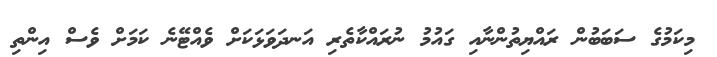
މިކަމުގެ ސަބަބުން ރައްޔިތުންނާއި ގައުމު ނުރައްކާތެރި އަނދަވަޅަކަށް ވެއްޓޭނެ ކަމަށް ވެސް އިންތި